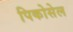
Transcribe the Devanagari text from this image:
पिकोसेल